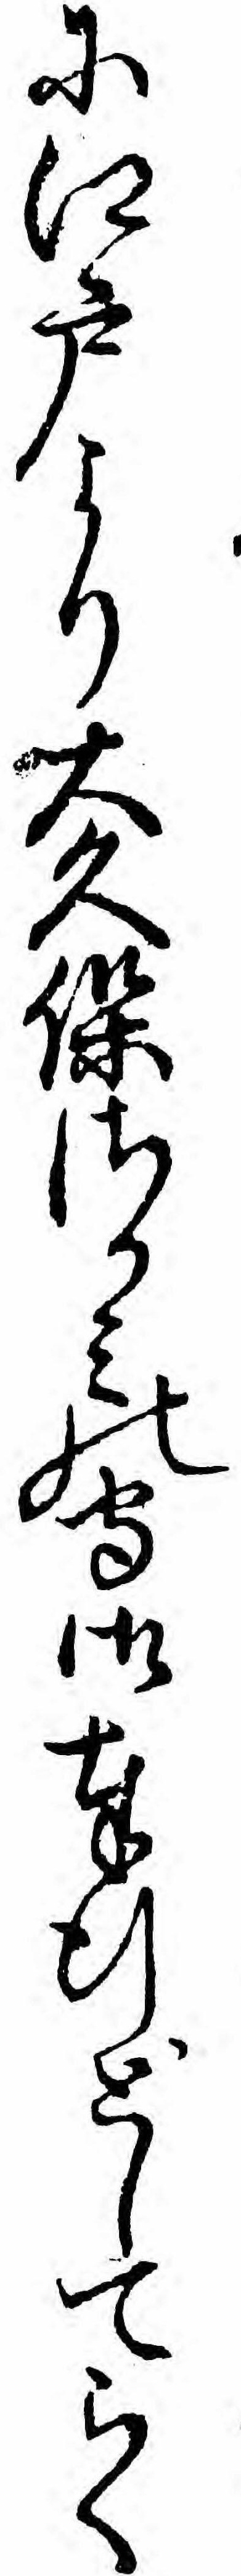
に江戸より大久保さかミの守御奉行としてらく